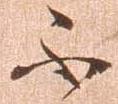
不